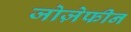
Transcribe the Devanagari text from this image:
जोज़ेफीन